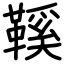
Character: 鞵